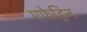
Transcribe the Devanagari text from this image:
एफेड्रिन